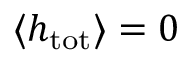
\langle h _ { \mathrm { t o t } } \rangle = 0